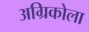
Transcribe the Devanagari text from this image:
अग्रिकोला